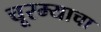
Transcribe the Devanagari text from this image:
चूरम्याचा